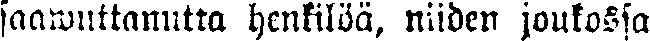
saawuttanutta henkilöä, niiden joukossa